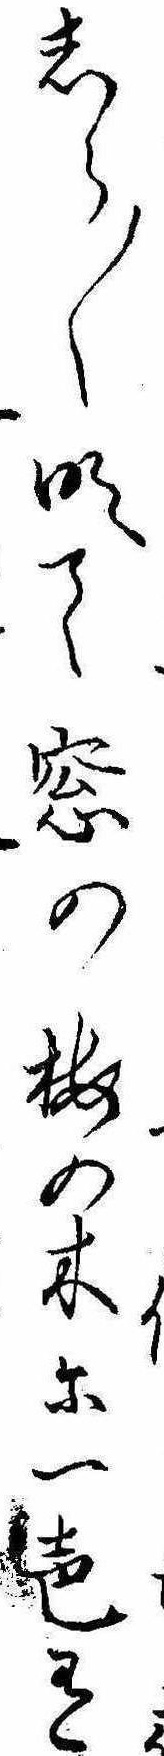
しら〱明て窓の梅の木に一声有